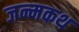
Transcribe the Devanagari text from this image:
जन्मकथ